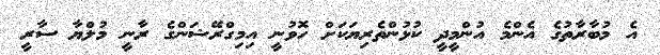
އެ މުބާރާތުގެ އެންމެ އުންމީދީ ކުޅުންތެރިޔަކަށް ހޮވުނީ އިމިގްރޭޝަންގެ ރާނީ މުލްޔާ ސާރީ